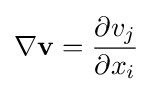
\nabla \mathbf {v} ={\frac {\partial v_{j}}{\partial x_{i}}}